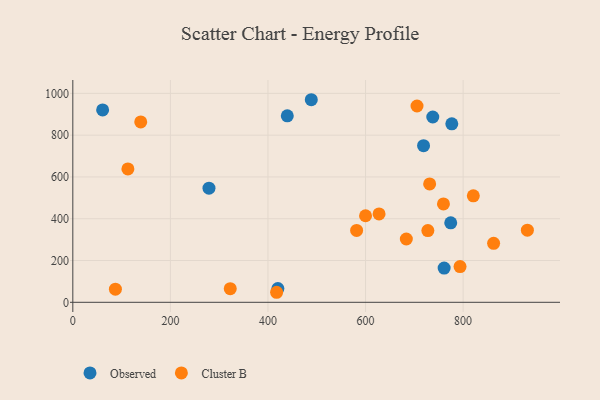
{"axis": {"x": "Speed", "y": "Demand"}, "legend": ["Cluster B", "Observed"], "data": [{"x": "718.9", "y": 749.5, "type": "Observed"}, {"x": "279.1", "y": 546.2, "type": "Observed"}, {"x": "776.8", "y": 854.3, "type": "Observed"}, {"x": "61.1", "y": 920.9, "type": "Observed"}, {"x": "737.8", "y": 886.8, "type": "Observed"}, {"x": "420.3", "y": 65.7, "type": "Observed"}, {"x": "488.8", "y": 969.6, "type": "Observed"}, {"x": "761.1", "y": 164.0, "type": "Observed"}, {"x": "439.6", "y": 892.4, "type": "Observed"}, {"x": "774.6", "y": 380.5, "type": "Observed"}, {"x": "793.7", "y": 171.2, "type": "Cluster B"}, {"x": "581.7", "y": 344.1, "type": "Cluster B"}, {"x": "820.9", "y": 509.4, "type": "Cluster B"}, {"x": "112.9", "y": 638.4, "type": "Cluster B"}, {"x": "705.5", "y": 939.6, "type": "Cluster B"}, {"x": "862.5", "y": 282.1, "type": "Cluster B"}, {"x": "731.4", "y": 566.5, "type": "Cluster B"}, {"x": "627.7", "y": 422.9, "type": "Cluster B"}, {"x": "322.7", "y": 65.0, "type": "Cluster B"}, {"x": "600.0", "y": 414.2, "type": "Cluster B"}, {"x": "931.7", "y": 345.2, "type": "Cluster B"}, {"x": "759.7", "y": 470.9, "type": "Cluster B"}, {"x": "683.6", "y": 303.1, "type": "Cluster B"}, {"x": "139.2", "y": 863.3, "type": "Cluster B"}, {"x": "417.7", "y": 48.0, "type": "Cluster B"}, {"x": "727.7", "y": 343.2, "type": "Cluster B"}, {"x": "87.3", "y": 63.0, "type": "Cluster B"}]}